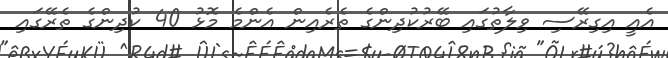
އެއީ އިގިރޭސި ވިލާތުގައި ބޭރުކުދިންގެ ތެރެއިން އެންމެ މޮޅު 40 ކުދިންގެ ތެރޭގައި